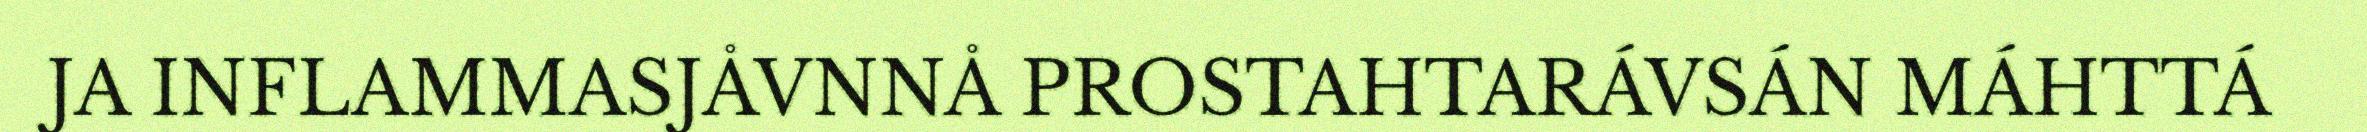
JA INFLAMMASJÅVNNÅ PROSTAHTARÁVSÁN MÁHTTÁ